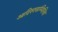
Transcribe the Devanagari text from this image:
आदिश्श्सम्मिलित